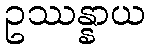
ဥဿန္နာယ